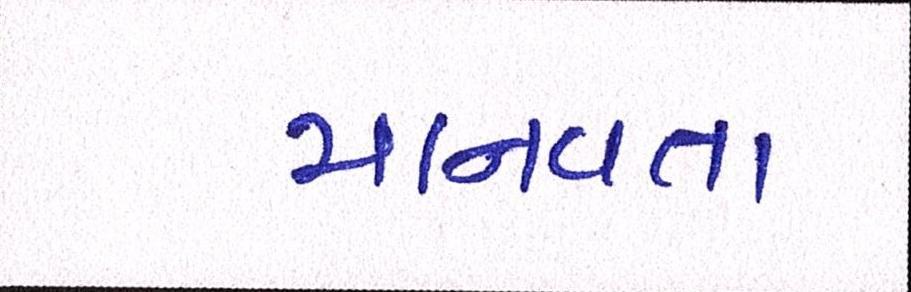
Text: માનવતા